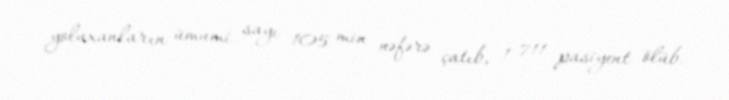
yoluxanların ümumi sayı 105 min nəfərə çatıb, 1 711 pasiyent ölüb.